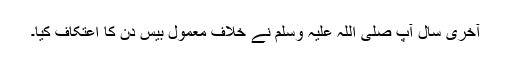
آخری سال آپ صلی اللہ علیہ وسلم نے خلاف معمول بیس دن کا اعتکاف کیا۔